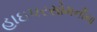
હાઇપરસોમનીયા